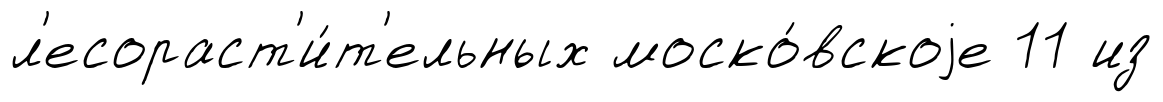
л'есораст'и́т'ельных моско́вскоjе 11 из